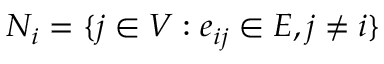
N _ { i } = \{ j \in V : e _ { i j } \in E , j \neq i \}